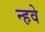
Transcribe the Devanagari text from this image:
न्हवे